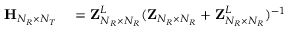
\begin{array} { r l } { { \bf { H } } _ { N _ { R } \times N _ { T } } } & { { } = { \bf { Z } } _ { N _ { R } \times N _ { R } } ^ { L } ( { \bf { Z } } _ { N _ { R } \times N _ { R } } + { \bf { Z } } _ { N _ { R } \times N _ { R } } ^ { L } ) ^ { - 1 } } \end{array}